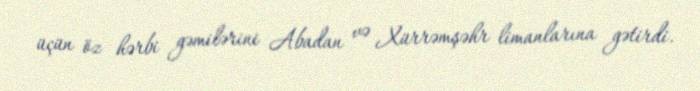
üçün öz hərbi gəmilərini Abadan və Xürrəmşəhr limanlarına gətirdi.